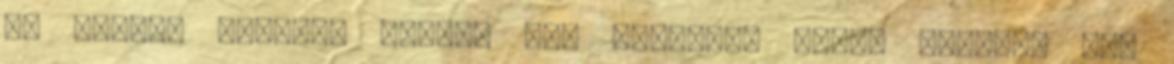
Ha többet akarsz, keresd meg magadnak Ponty azonban nem